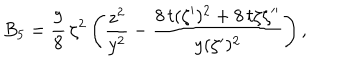
B _ { 5 } = { \frac { 9 } { 8 } } \, { \zeta ^ { 2 } \left( \frac { z ^ { 2 } } { y ^ { 2 } } - \frac { 8 \, t ( \zeta ^ { \prime } ) ^ { 2 } + 8 \, t \zeta \zeta ^ { \prime \prime } } { y ( \zeta ^ { \prime } ) ^ { 2 } } \right) , }